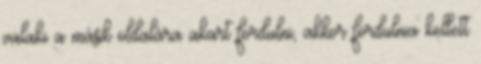
valaki a másik oldalára akart fordulni, akkor fordulnia kellett